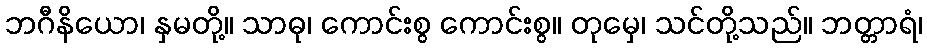
ဘဂီနိယော၊ နှမတို့။ သာဓု၊ ကောင်းစွ ကောင်းစွ။ တုမှေ၊ သင်တို့သည်။ ဘတ္တာရံ၊